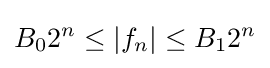
B_{0}2^{n}\leq |f_{n}|\leq B_{1}2^{n}